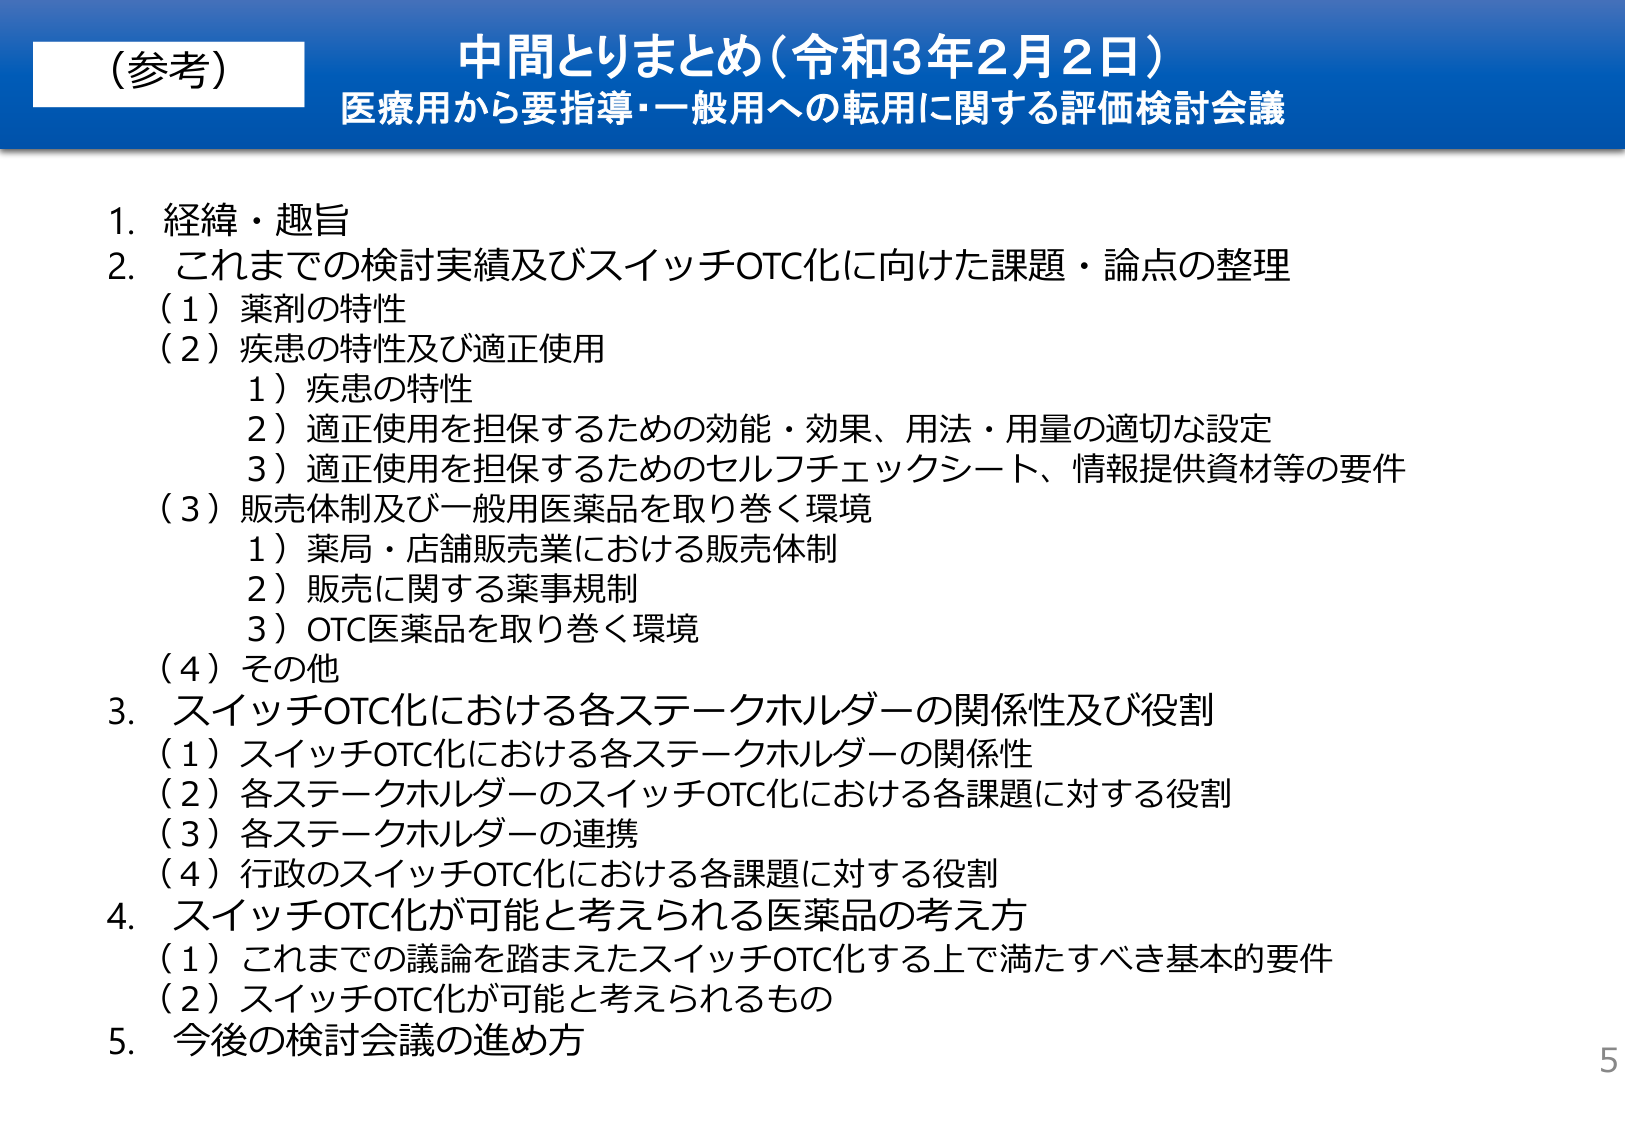
（参考）
中間とりまとめ（令和3年2月2日）
医療用から要指導・一般用への転用に関する評価検討会議

1. 経緯・趣旨
2. これまでの検討実績及びスイッチOTC化に向けた課題・論点の整理
　（1）薬剤の特性
　（2）疾患の特性及び適正使用
　　1）疾患の特性
　　2）適正使用を担保するための効能・効果、用法・用量の適切な設定
　　3）適正使用を担保するためのセルフチェックシート、情報提供資材等の要件
　（3）販売体制及び一般用医薬品を取り巻く環境
　　1）薬局・店舗販売業における販売体制
　　2）販売に関する薬事規制
　　3）OTC医薬品を取り巻く環境
　（4）その他
3. スイッチOTC化における各ステークホルダーの関係性及び役割
　（1）スイッチOTC化における各ステークホルダーの関係性
　（2）各ステークホルダーのスイッチOTC化における各課題に対する役割
　（3）各ステークホルダーの連携
　（4）行政のスイッチOTC化における各課題に対する役割
4. スイッチOTC化が可能と考えられる医薬品の考え方
　（1）これまでの議論を踏まえたスイッチOTC化する上で満たすべき基本的要件
　（2）スイッチOTC化が可能と考えられるもの
5. 今後の検討会議の進め方

5